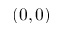
( 0 , 0 )